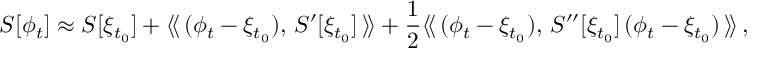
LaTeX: S [ \phi _ { t } ] \approx S [ \xi _ { t _ { 0 } } ] + \langle \! \langle \, ( \phi _ { t } - \xi _ { t _ { 0 } } ) , \, S ^ { \prime } [ \xi _ { t _ { 0 } } ] \, \rangle \! \rangle + { \frac { 1 } { 2 } } \langle \! \langle \, ( \phi _ { t } - \xi _ { t _ { 0 } } ) , \, S ^ { \prime \prime } [ \xi _ { t _ { 0 } } ] \, ( \phi _ { t } - \xi _ { t _ { 0 } } ) \, \rangle \! \rangle \, ,